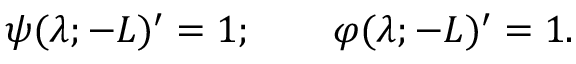
\psi ( \lambda ; - L ) ^ { \prime } = 1 ; \qquad \varphi ( \lambda ; - L ) ^ { \prime } = 1 .